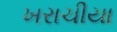
ખરાચીયા